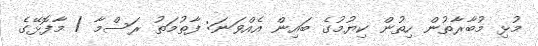
މުޅި މުބާރާތުން ހިތުން ކިޔުމުގެ ބައިން އެއްވަނަ: ފާތުމަތު ރަސްމާ / މާފޮޅޭގެ